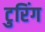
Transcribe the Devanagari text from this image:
टुरिंग